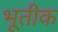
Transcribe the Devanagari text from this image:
भूतीक